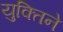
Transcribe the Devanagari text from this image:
युक्तिने